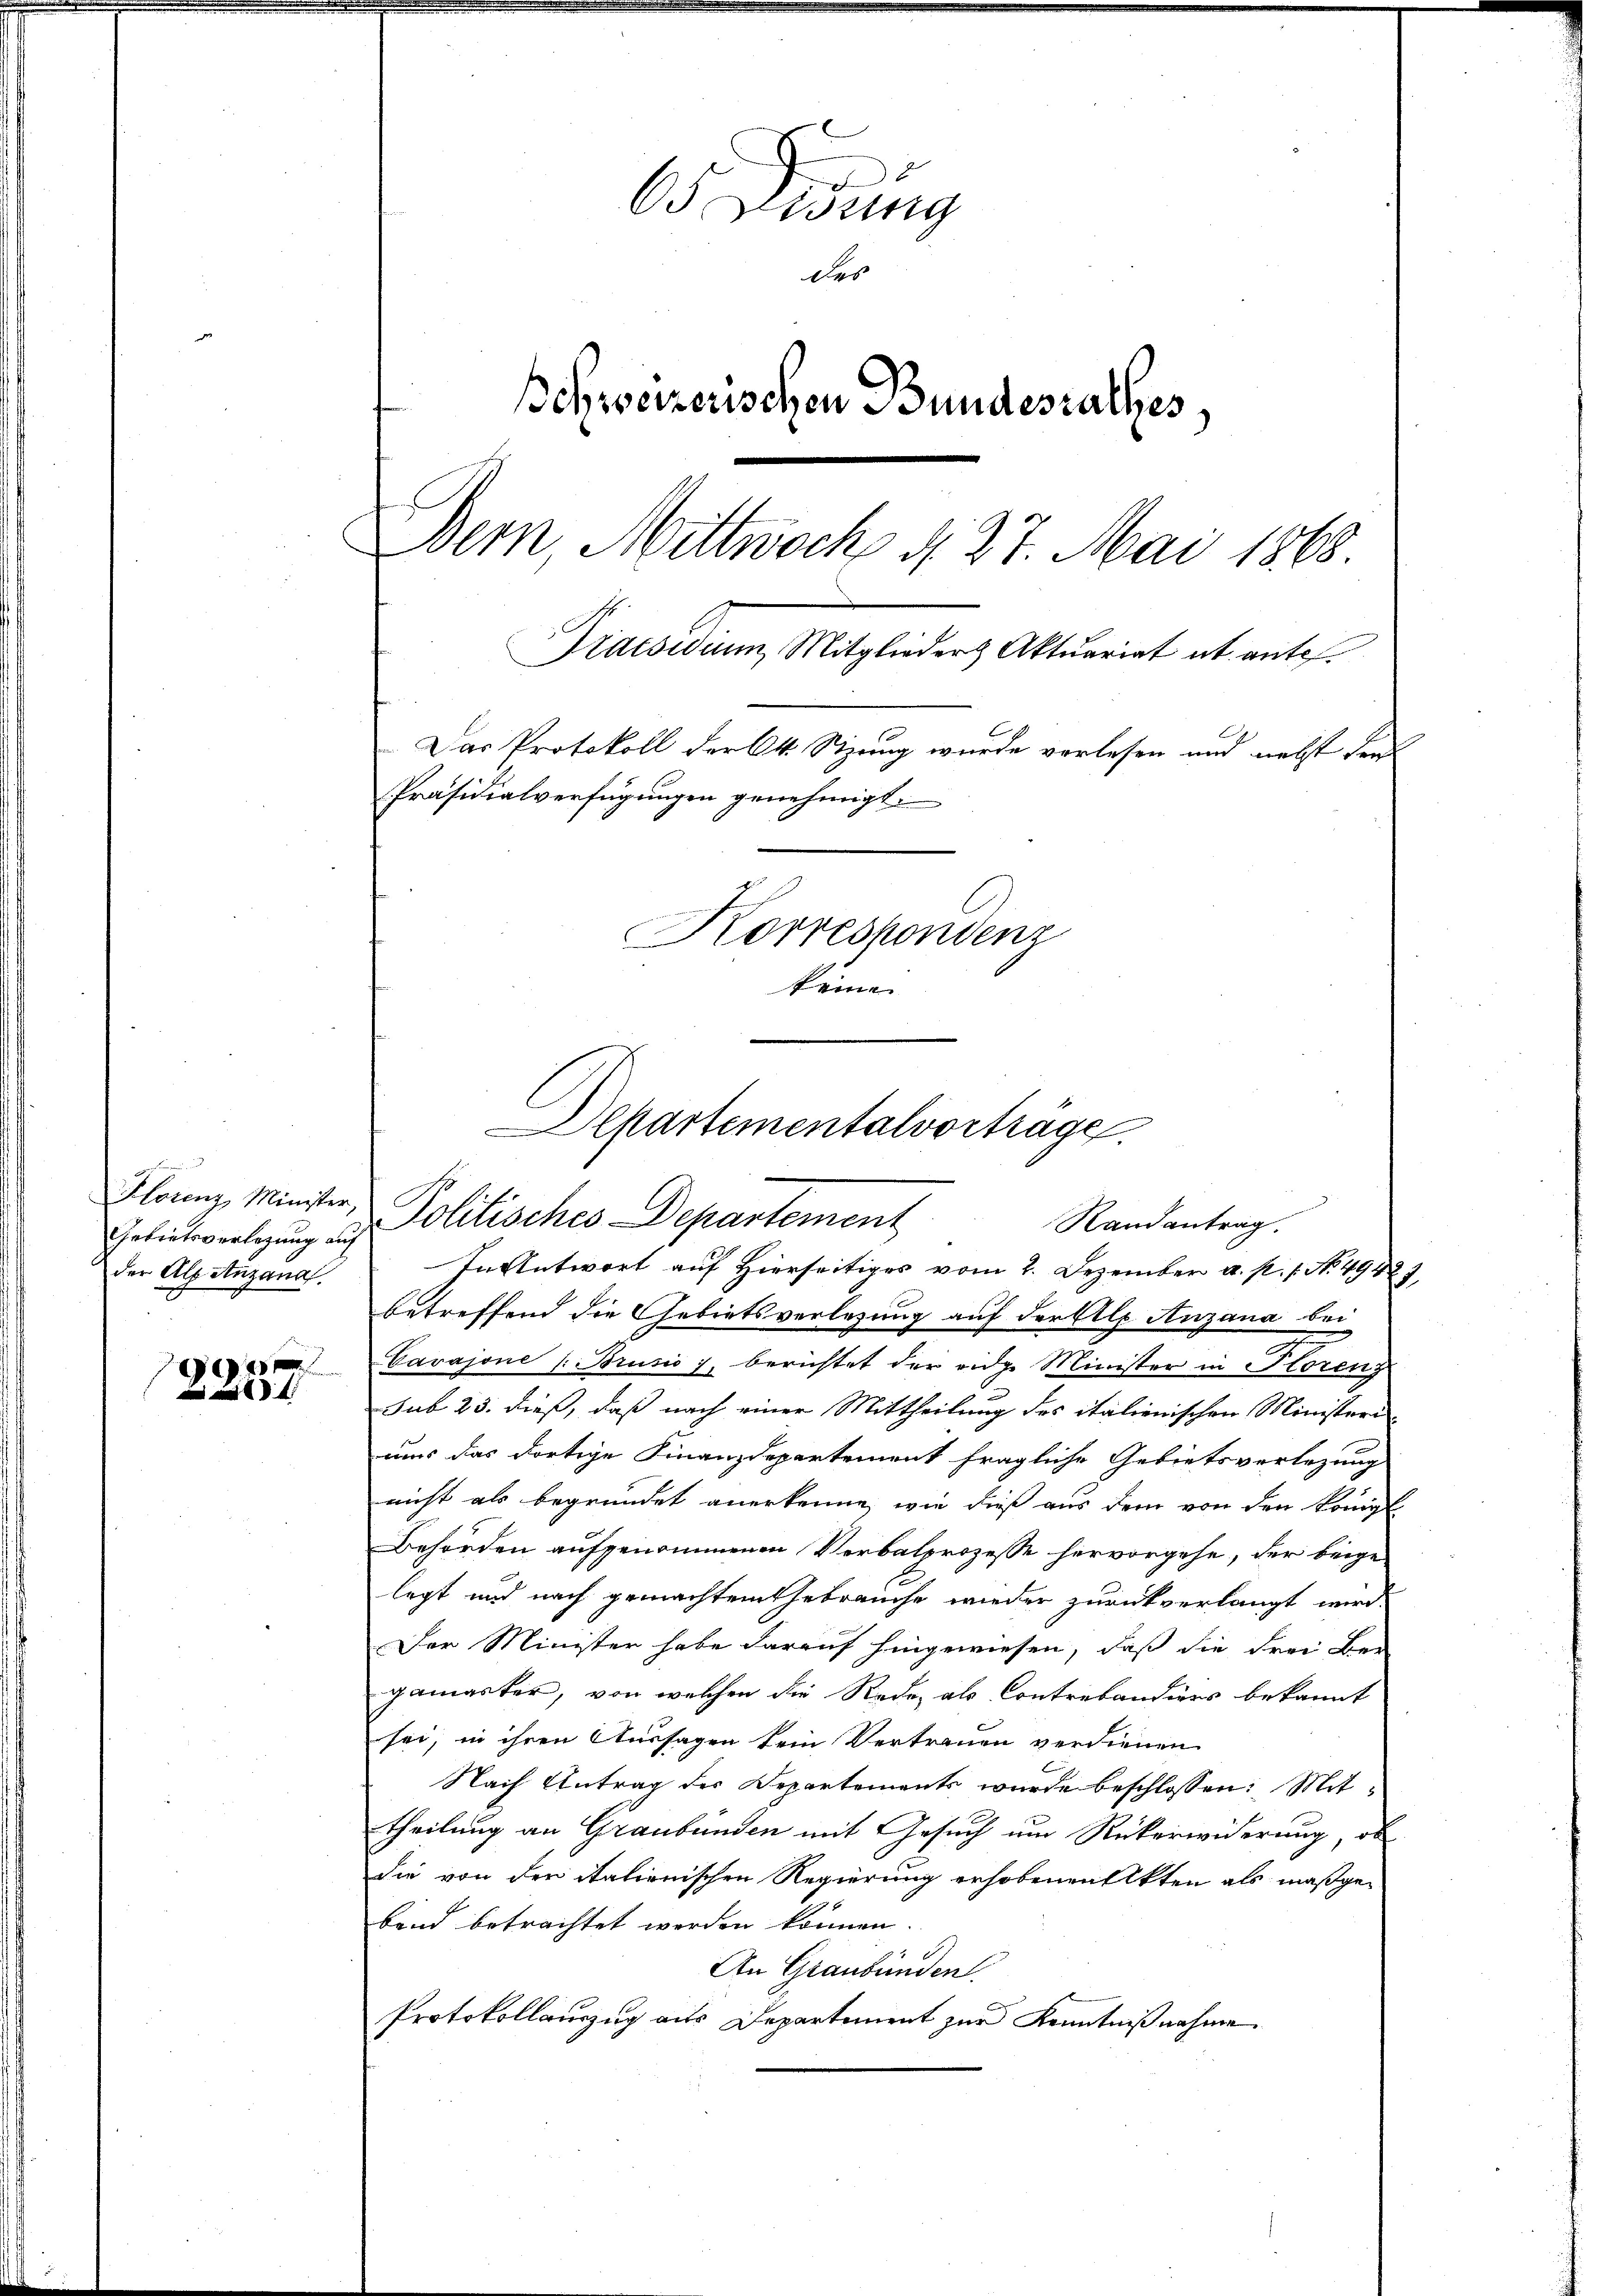
Hlorenz, Minister,
Gebietsverlegung auf
der Als anzana

9

65 eisung
des
schweizerischen Bundesrathes,
Bern Mittwoch d. 27. Mai 1868
Praesiduum Mitglieder Aktuariat et ante.
Das Protokoll der kk. Stzung wurde verlesen und nebst den
Präsidialverfügungen genehmigt.
Korrespondenz
keine

Dekartementalvorträge
Politisches Departement
Randantrag.

In Antwort auf Hierseitiges vom 2. Dezember a. p. 1. No. 49427,
betreffend die Gebietsverlesung auf der Alp Anzana bei
d
Cavajone (Brusio 7, berichtet der eidge Minister in Florenz
sub 23. dieß, daß nach einer Mittheilung des italienischen Ministeriuns das dortige Finanzdepartement fragliche Gebietsverlegung
nicht als begründet anerkenne, wie dieß aus dem von den königl.
Behörden aufgenommenen Verbalprozesse hervorgehe, der beigelegt und nach gemachtem Gebrauche wieder zurückverlangt wird.
Der Minister habe darauf hingewiesen, daß die Frei Be
gamaster, von welchen die Rede als Contrekandiers bekannt
sei, in ihren Aussagen kein Vertrauen verdienen
Nach Antrag des Departements wurde beschlossen: Mittheilung an Graubünden mit Gesuch um Rückerwiderung, ob
Sie von der italienischen Regierung erhobenen Akten als maßgeband betrachtet werden können.
An Graubünden.
Protokollauszug aus Departement zur Kenntnißnahme